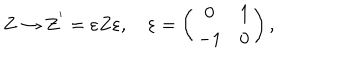
Z \rightarrow Z ^ { ' } = \varepsilon Z \varepsilon , \quad \varepsilon = \left( \begin{array} { c r c } { { 0 } } & { { 1 } } \\ { { - 1 } } & { { 0 } } \\ \end{array} \right) ,